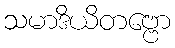
သမာဒိယိတဗ္ဗော